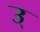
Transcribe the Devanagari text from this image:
उ्